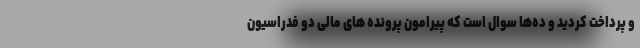
و پرداخت کردید و ده‌ها سوال است که پیرامون پرونده های مالی دو فدراسیون